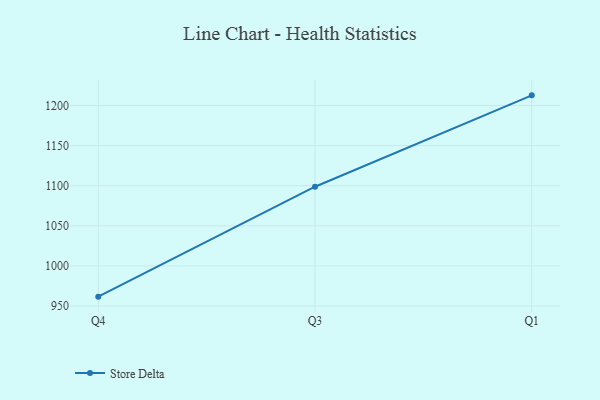
{"axis": {"x": "Quarter", "y": "Satisfaction Score"}, "legend": ["Store Delta"], "data": [{"x": "Q4", "y": 961.7, "type": "Store Delta"}, {"x": "Q3", "y": 1098.7, "type": "Store Delta"}, {"x": "Q1", "y": 1212.6, "type": "Store Delta"}]}